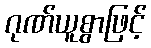
ဂုဏ်ယူစွာဖြင့်